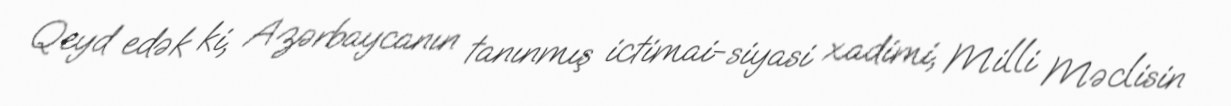
Qeyd edək ki, Azərbaycanın tanınmış ictimai-siyasi xadimi, Milli Məclisin